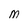
Character: M